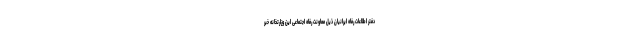
دفتر اطلاعات رفاه ایرانیان ذیل معاونت رفاه اجتماعی این وزارتخانه خبر